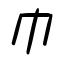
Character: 巾